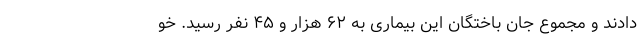
دادند و مجموع جان باختگان این بیماری به ۶۲ هزار و ۴۵ نفر رسید. خو